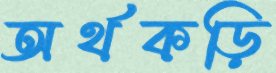
অর্থকড়ি